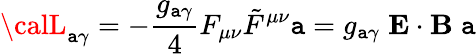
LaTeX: {\calL}_{\mathtt{a}\gamma}=-\frac{{g_{\mathtt{a}\gamma}}}{{4}}F_{\mu\nu}\tilde{{F}}^{\mu\nu}\mathtt{a}=g_{\mathtt{a}\gamma}\; {\mathbf{E}}\cdot{\mathbf{B}}\; \mathtt{a}